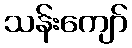
သန်းကျော်